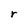
Character: r